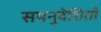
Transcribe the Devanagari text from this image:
समनुदेशिती